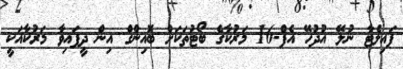
ޕައިލެޓާ ނުލޭ އުދުހޭ އެފް-16 މަރުކާގެ ބޯޓުތަކަށް ބޮއިންގް އިން ދީފައިވާ މަރުކާއަކީ